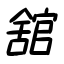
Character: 舘